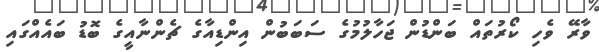
ވާރޭ ވެހި ކޯރުތައް ބަންޑުން ޖަހާލުމުގެ ސަބަބުން އިންޑިއާގެ ޗެންނާއީގެ ބޮޑު ބައެއްގައި